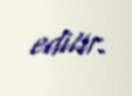
edilir.